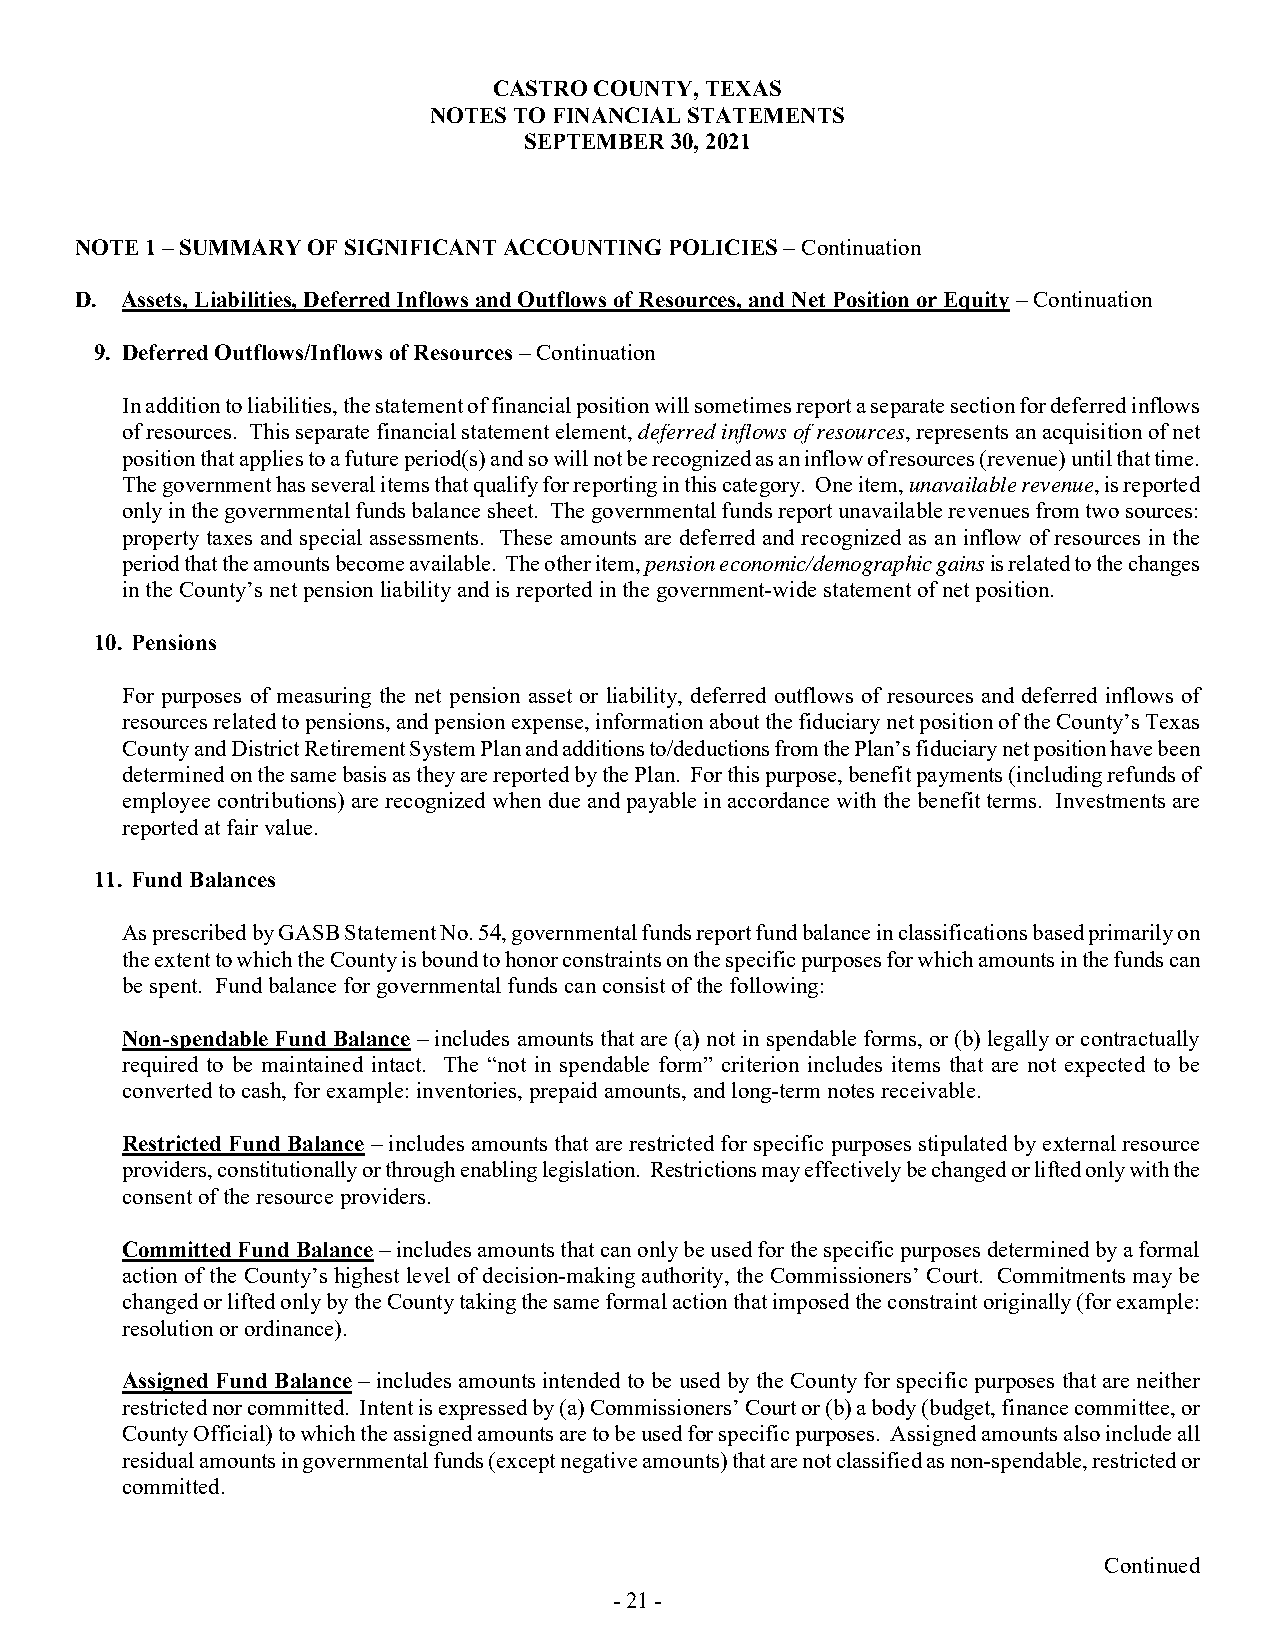
CASTRO COUNTY, TEXAS
 NOTES TO FINANCIAL STATEMENTS
 SEPTEMBER 30, 2021
 NOTE 1 – SUMMARY OF SIGNIFICANT ACCOUNTING POLICIES – Continuation
 D. Assets, Liabilities, Deferred Inflows and Outflows of Resources, and Net Position or Equity – Continuation
 9. Deferred Outflows/Inflows of Resources – Continuation
 In addition to liabilities, the statement of financial position will sometimes report a separate section for deferred inflows
 of resources. This separate financial statement element, deferred inflows of resources, represents an acquisition of net
 position that applies to a future period(s) and so will not be recognized as an inflow of resources (revenue) until that time.
 The government has several items that qualify for reporting in this category. One item, unavailable revenue, is reported
 only in the governmental funds balance sheet. The governmental funds report unavailable revenues from two sources:
 property taxes and special assessments. These amounts are deferred and recognized as an inflow of resources in the
 period that the amounts become available. The other item, pension economic/demographic gains is related to the changes
 in the County’s net pension liability and is reported in the government-wide statement of net position.
 10. Pensions
 For purposes of measuring the net pension asset or liability, deferred outflows of resources and deferred inflows of
 resources related to pensions, and pension expense, information about the fiduciary net position of the County’s Texas
 County and District Retirement System Plan and additions to/deductions from the Plan’s fiduciary net position have been
 determined on the same basis as they are reported by the Plan. For this purpose, benefit payments (including refunds of
 employee contributions) are recognized when due and payable in accordance with the benefit terms. Investments are
 reported at fair value.
 11. Fund Balances
 As prescribed by GASB Statement No. 54, governmental funds report fund balance in classifications based primarily on
 the extent to which the County is bound to honor constraints on the specific purposes for which amounts in the funds can
 be spent. Fund balance for governmental funds can consist of the following:
 Non-spendable Fund Balance – includes amounts that are (a) not in spendable forms, or (b) legally or contractually
 required to be maintained intact. The “not in spendable form” criterion includes items that are not expected to be
 converted to cash, for example: inventories, prepaid amounts, and long-term notes receivable.
 Restricted Fund Balance – includes amounts that are restricted for specific purposes stipulated by external resource
 providers, constitutionally or through enabling legislation. Restrictions may effectively be changed or lifted only with the
 consent of the resource providers.
 Committed Fund Balance – includes amounts that can only be used for the specific purposes determined by a formal
 action of the County’s highest level of decision-making authority, the Commissioners’ Court. Commitments may be
 changed or lifted only by the County taking the same formal action that imposed the constraint originally (for example:
 resolution or ordinance).
 Assigned Fund Balance – includes amounts intended to be used by the County for specific purposes that are neither
 restricted nor committed. Intent is expressed by (a) Commissioners’ Court or (b) a body (budget, finance committee, or
 County Official) to which the assigned amounts are to be used for specific purposes. Assigned amounts also include all
 residual amounts in governmental funds (except negative amounts) that are not classified as non-spendable, restricted or
 committed.
 Continued
 - 21 -